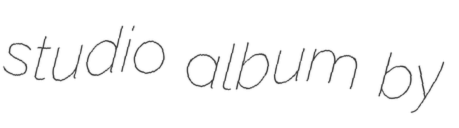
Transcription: studio album by